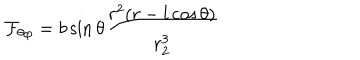
{ \cal F } _ { \theta \varphi } = b \sin \theta { \frac { r ^ { 2 } ( r - l \cos \theta ) } { r _ { 2 } ^ { 3 } } }